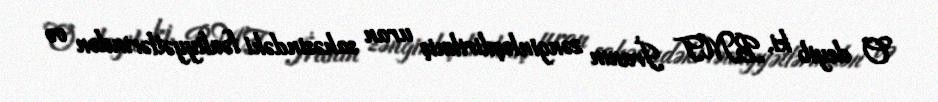
O deyib ki, BMT İranın zənginləşdirilmiş uran sahəsindəki fəaliyyətlərindən və